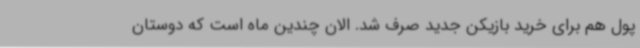
پول هم برای خرید بازیکن جدید صرف شد. الان چندین ماه است که دوستان